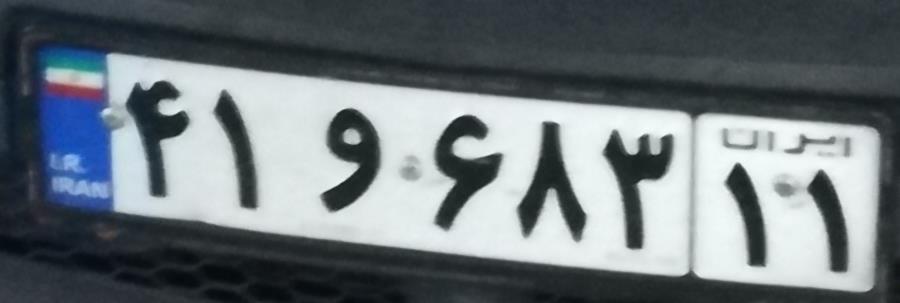
۴۱و۶۸۳۱۱